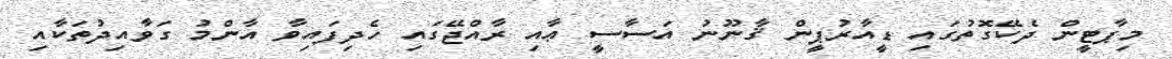
މިޕާޓީން ދެކޭގޮތުގައި ޑީއާރުޕީން ޤާނޫނު އަސާސީ ޢާއި ރާއްޖޭގައި ހެދިފައިވާ އާންމު ގަވާއިދުތަކާއި